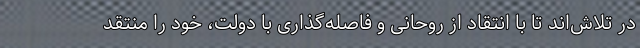
در تلاش‌اند تا با انتقاد از روحانی و فاصله‌گذاری با دولت، خود را منتقد